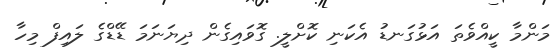
މަންމާ ކީއްވެތަ އަޅުގަނޑު އެކަނި ކޮށްލީ. ގޮވައިގެން ދިޔަނަމަ ޑޭޑްގެ ލައިފް މިހާ